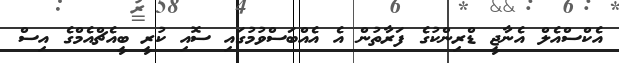
އެކްސްއެލް އެނާޖީ ޑްރިންކުގެ ފަރާތުން އެ އެއްބަސްވުމުގައި ސޮއި ކުރީ ބީއެޗްއެމްގެ އިސް